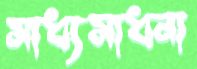
সাধ্যসাধনা